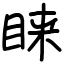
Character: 睐